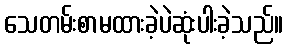
သေတမ်းစာမထားခဲ့ပဲဆုံးပါးခဲ့သည်။